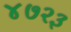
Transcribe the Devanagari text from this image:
४७२३